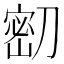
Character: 𭄌